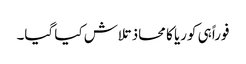
فوراً ہی کوریا کا محاذ تلاش کیا گیا۔